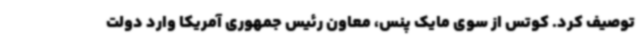
توصیف کرد. کوتس از سوی مایک پنس، معاون رئیس جمهوری آمریکا وارد دولت